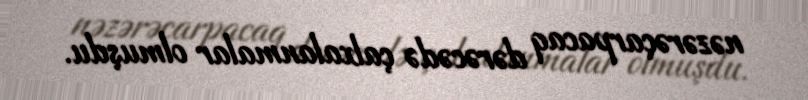
nəzərəçarpacaq dərəcədə çalxalanmalar olmuşdu.